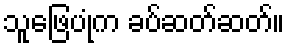
သူဖြေပုံက ခပ်ဆတ်ဆတ်။